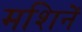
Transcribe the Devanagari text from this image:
मशिनें